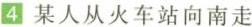
4某人从火车站向南走